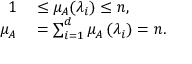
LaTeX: \begin{array} { r l } { 1 } & { { } \leq \mu _ { A } ( \lambda _ { i } ) \leq n , } \\ { \mu _ { A } } & { { } = \sum _ { i = 1 } ^ { d } \mu _ { A } \left( \lambda _ { i } \right) = n . } \end{array}